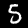
Label: 5